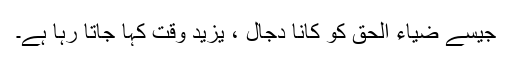
جیسے ضیاء الحق کو کانا دجال ، یزید وقت کہا جاتا رہا ہے۔